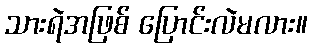
သားရဲအဖြစ် ပြောင်းလဲမလား။